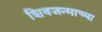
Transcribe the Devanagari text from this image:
शिवजन्माच्या